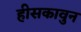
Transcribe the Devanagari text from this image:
हीसकावुन